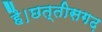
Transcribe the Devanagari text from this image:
है।छत्तीसगढ़